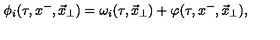
\phi _ { i } ( \tau , x ^ { - } , \vec { x } _ { \perp } ) = \omega _ { i } ( \tau , \vec { x } _ { \perp } ) + \varphi ( \tau , x ^ { - } , \vec { x } _ { \perp } ) ,